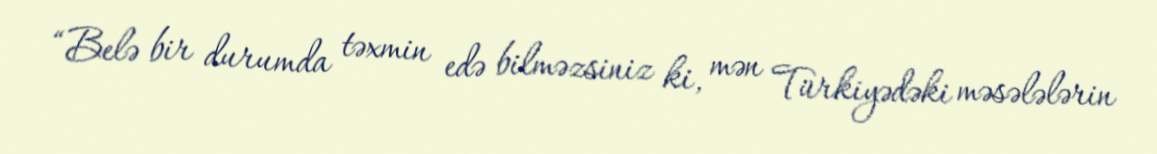
“Belə bir durumda təxmin edə bilməzsiniz ki, mən Türkiyədəki məsələlərin